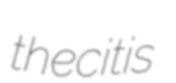
thecitis